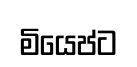
මියෙප්ට